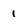
Character: 1